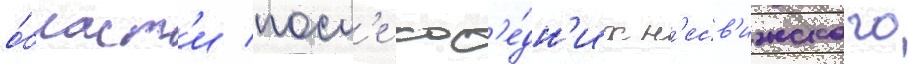
о́бласт'и посл'е сос'е́дн'их н'есв'ижского